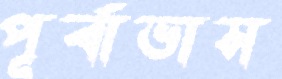
পূর্বাভাস